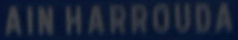
AIN HARROUDA